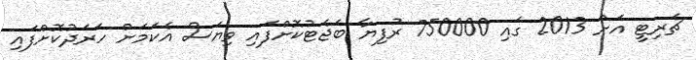
ޗެރިޓީ އަށް 2013 ގައި 750000 ރުފިޔާ ބަޖެޓުކޮށްފައި ވިޔަސް އެކަމަށް ހަރަދުކޮށްފައި